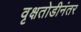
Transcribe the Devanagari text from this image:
वृक्षतोडीनंतर